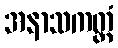
အနာသကတ္တံ